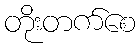
တိုးတက်စေ